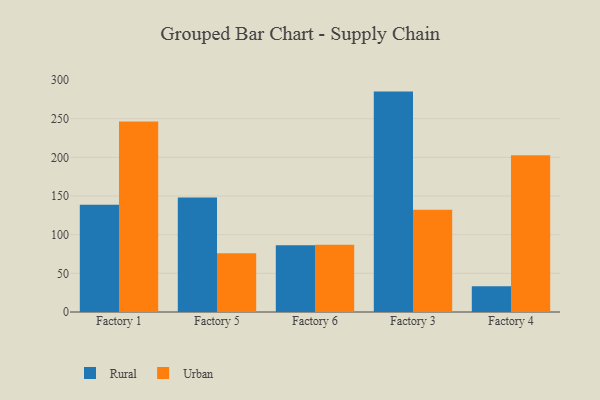
{"axis": {"x": "Factory", "y": "Churn Rate (%)"}, "legend": ["Rural", "Urban"], "data": [{"x": "Factory 1", "y": 138.7, "type": "Rural"}, {"x": "Factory 1", "y": 246.2, "type": "Urban"}, {"x": "Factory 5", "y": 148.1, "type": "Rural"}, {"x": "Factory 5", "y": 76.0, "type": "Urban"}, {"x": "Factory 6", "y": 86.3, "type": "Rural"}, {"x": "Factory 6", "y": 87.0, "type": "Urban"}, {"x": "Factory 3", "y": 285.0, "type": "Rural"}, {"x": "Factory 3", "y": 132.2, "type": "Urban"}, {"x": "Factory 4", "y": 33.2, "type": "Rural"}, {"x": "Factory 4", "y": 202.8, "type": "Urban"}]}